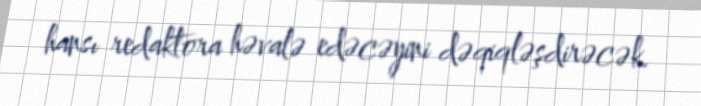
hansı redaktora həvalə edəcəyini dəqiqləşdirəcək.